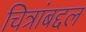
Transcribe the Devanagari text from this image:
चित्रांबद्दल